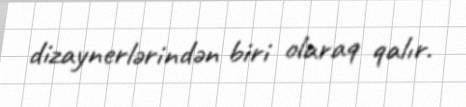
dizaynerlərindən biri olaraq qalır.